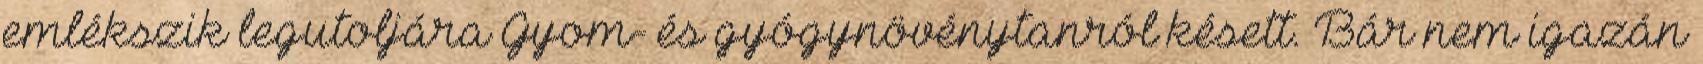
emlékszik legutoljára Gyom- és gyógynövénytanról késett. Bár nem igazán